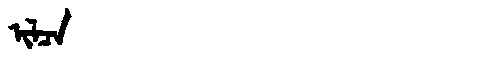
Manchu: ᡳᠯᠴᠠ
Romanization: ILCA